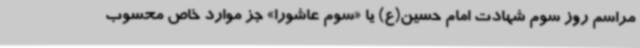
مراسم روز سوم شهادت امام حسین(ع) یا «سوم عاشورا» جز موارد خاص محسوب